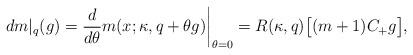
LaTeX: \begin{align*}dm|_q(g)= \frac{d}{d\theta} m(x;\kappa,q+\theta g) \bigg|_{\theta=0}= R(\kappa,q) \bigl[ (m+1)C_+g\bigr],\end{align*}